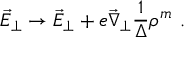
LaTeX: \vec { E } _ { \perp } \rightarrow \vec { E } _ { \perp } + e \vec { \nabla } _ { \perp } \frac { 1 } { \Delta } \rho ^ { m } \ .